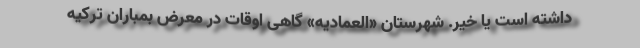
داشته است یا خیر. شهرستان «العمادیه» گاهی اوقات در معرض بمباران ترکیه